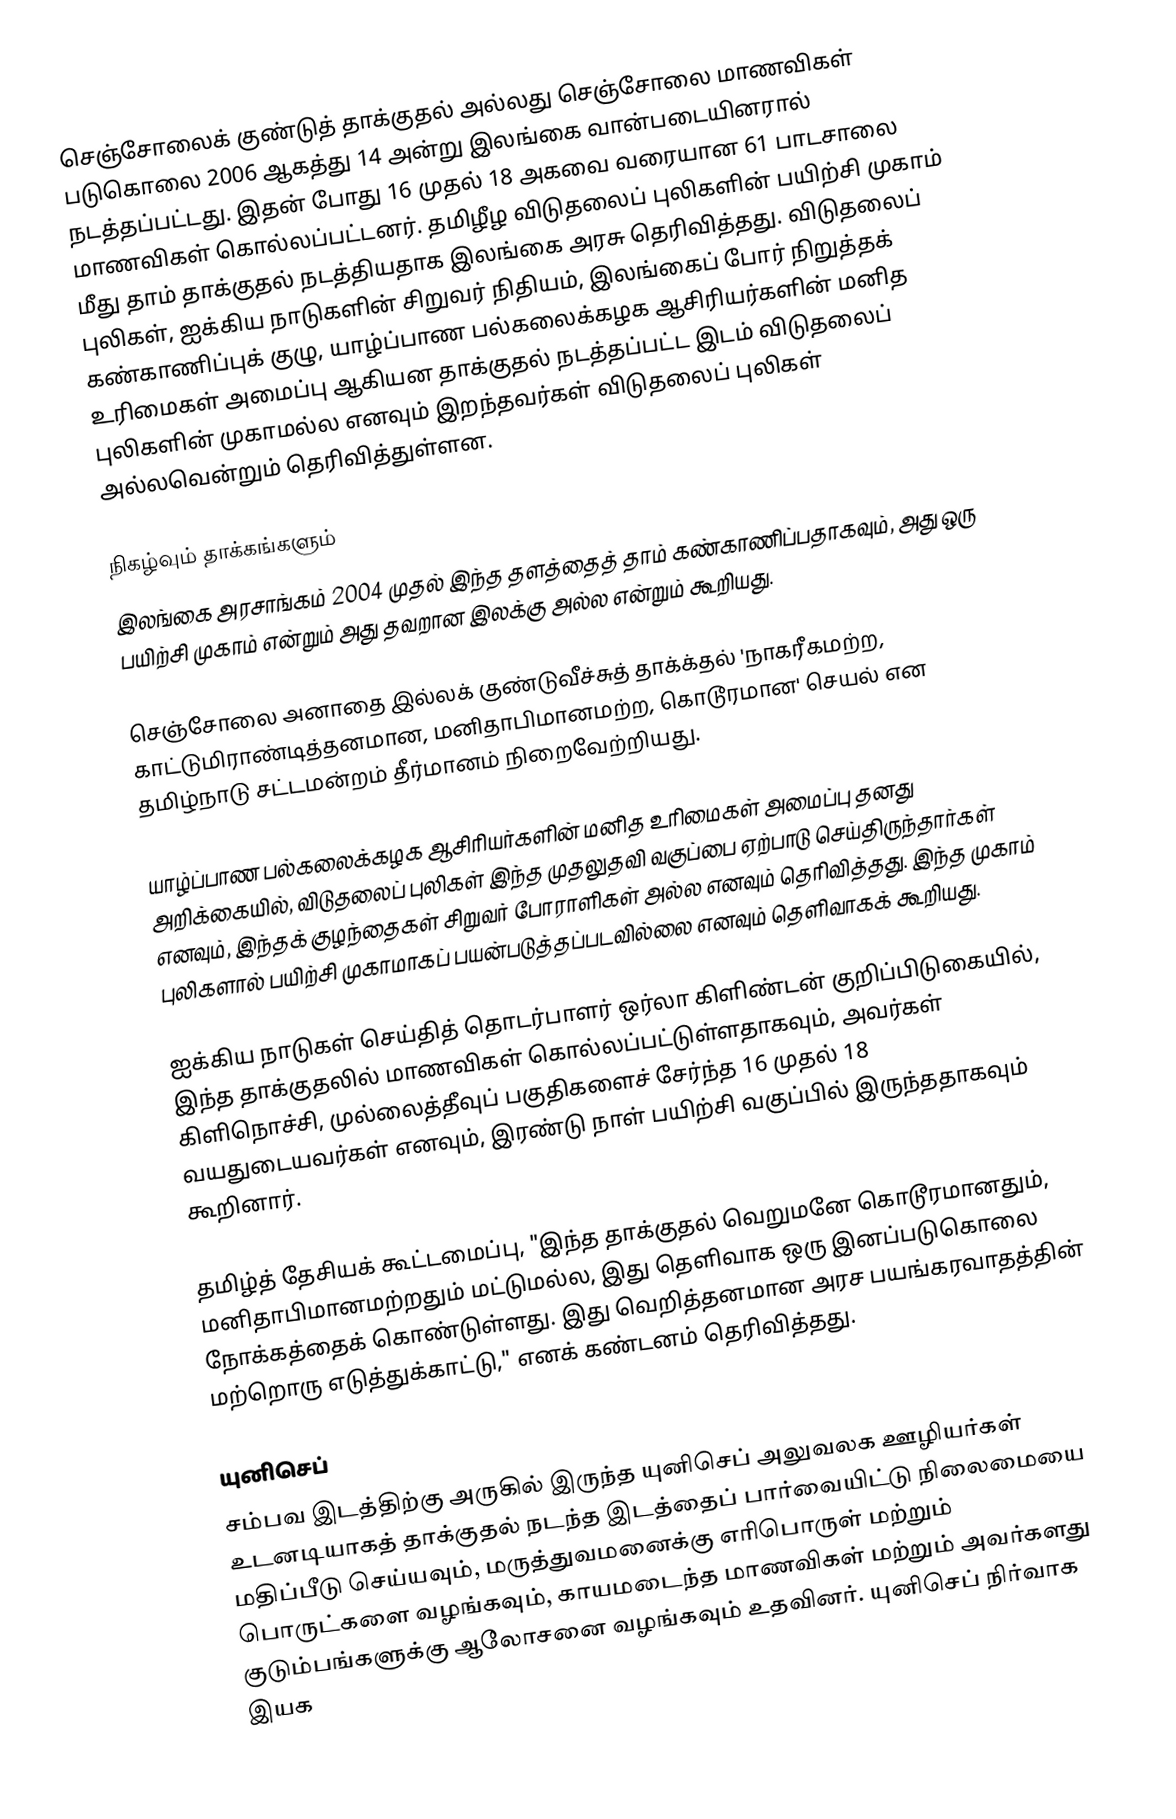
செஞ்சோலைக் குண்டுத் தாக்குதல் அல்லது செஞ்சோலை மாணவிகள் படுகொலை 2006 ஆகத்து 14 அன்று இலங்கை வான்படையினரால் நடத்தப்பட்டது. இதன் போது 16 முதல் 18 அகவை வரையான 61 பாடசாலை மாணவிகள் கொல்லப்பட்டனர். தமிழீழ விடுதலைப் புலிகளின் பயிற்சி முகாம் மீது தாம் தாக்குதல் நடத்தியதாக இலங்கை அரசு தெரிவித்தது. விடுதலைப் புலிகள், ஐக்கிய நாடுகளின் சிறுவர் நிதியம், இலங்கைப் போர் நிறுத்தக் கண்காணிப்புக் குழு, யாழ்ப்பாண பல்கலைக்கழக ஆசிரியர்களின் மனித உரிமைகள் அமைப்பு ஆகியன தாக்குதல் நடத்தப்பட்ட இடம் விடுதலைப் புலிகளின் முகாமல்ல எனவும் இறந்தவர்கள் விடுதலைப் புலிகள் அல்லவென்றும் தெரிவித்துள்ளன.

நிகழ்வும் தாக்கங்களும்
இலங்கை அரசாங்கம் 2004 முதல் இந்த தளத்தைத் தாம் கண்காணிப்பதாகவும், அது ஒரு பயிற்சி முகாம் என்றும் அது தவறான இலக்கு அல்ல என்றும் கூறியது.

செஞ்சோலை அனாதை இல்லக் குண்டுவீச்சுத் தாக்க்தல் 'நாகரீகமற்ற, காட்டுமிராண்டித்தனமான, மனிதாபிமானமற்ற, கொடூரமான' செயல் என தமிழ்நாடு சட்டமன்றம் தீர்மானம் நிறைவேற்றியது.

யாழ்ப்பாண பல்கலைக்கழக ஆசிரியர்களின் மனித உரிமைகள் அமைப்பு தனது அறிக்கையில், விடுதலைப் புலிகள் இந்த முதலுதவி வகுப்பை ஏற்பாடு செய்திருந்தார்கள் எனவும், இந்தக் குழந்தைகள் சிறுவர் போராளிகள் அல்ல எனவும் தெரிவித்தது. இந்த முகாம் புலிகளால் பயிற்சி முகாமாகப் பயன்படுத்தப்படவில்லை எனவும் தெளிவாகக் கூறியது.

ஐக்கிய நாடுகள் செய்தித் தொடர்பாளர் ஒர்லா கிளிண்டன் குறிப்பிடுகையில், இந்த தாக்குதலில் மாணவிகள் கொல்லப்பட்டுள்ளதாகவும், அவர்கள் கிளிநொச்சி, முல்லைத்தீவுப் பகுதிகளைச் சேர்ந்த 16 முதல் 18 வயதுடையவர்கள் எனவும், இரண்டு நாள் பயிற்சி வகுப்பில் இருந்ததாகவும் கூறினார்.

தமிழ்த் தேசியக் கூட்டமைப்பு, "இந்த தாக்குதல் வெறுமனே கொடூரமானதும், மனிதாபிமானமற்றதும் மட்டுமல்ல, இது தெளிவாக ஒரு இனப்படுகொலை நோக்கத்தைக் கொண்டுள்ளது. இது வெறித்தனமான அரச பயங்கரவாதத்தின் மற்றொரு எடுத்துக்காட்டு," எனக் கண்டனம் தெரிவித்தது.

யுனிசெப்
சம்பவ இடத்திற்கு அருகில் இருந்த யுனிசெப் அலுவலக ஊழியர்கள் உடனடியாகத் தாக்குதல் நடந்த இடத்தைப் பார்வையிட்டு நிலைமையை மதிப்பீடு செய்யவும், மருத்துவமனைக்கு எரிபொருள் மற்றும் பொருட்களை வழங்கவும், காயமடைந்த மாணவிகள் மற்றும் அவர்களது குடும்பங்களுக்கு ஆலோசனை வழங்கவும் உதவினர். யுனிசெப் நிர்வாக இயக